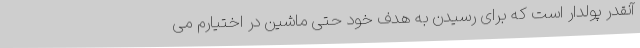
آنقدر پولدار است که برای رسیدن به هدف خود حتی ماشین در اختیارم می